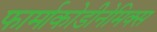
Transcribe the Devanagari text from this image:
फार्माकोडीनेमिक्स